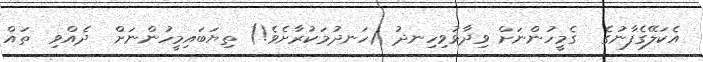
އެކަލޭގެފާނުގެ  ގެމީހުންނަށް ވިދާޅުވިހިނދު (ހަނދުމަކުރާށެވެ!) ތިޔަބައިމީހުންނަށް  ދެއްވި  ތައް